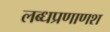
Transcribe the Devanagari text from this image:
लब्धप्रणाणश